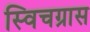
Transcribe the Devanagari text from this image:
स्विचग्रास